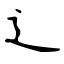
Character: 辶